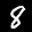
Label: 8